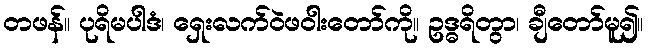
တဖန်။ ပုရိမပါဒံ၊ ရှေးလက်ဝဲဖဝါးတော်ကို။ ဥဒ္ဓရိတွာ၊ ချီတော်မူ၍။